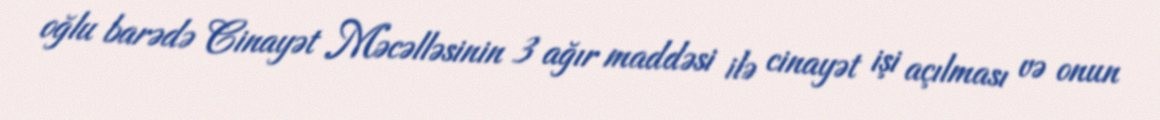
oğlu barədə Cinayət Məcəlləsinin 3 ağır maddəsi ilə cinayət işi açılması və onun